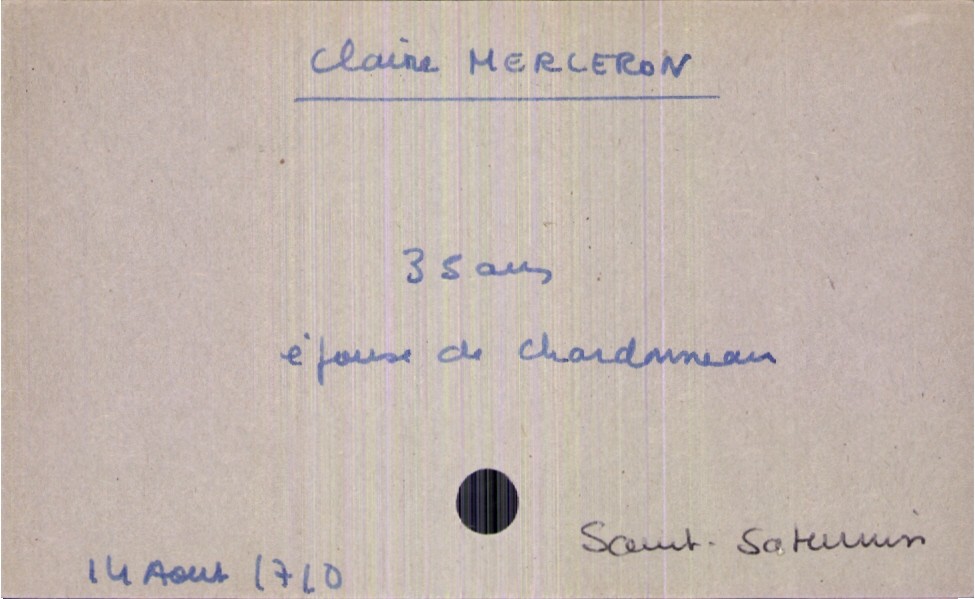
type_acte: Décès
année: 1710
mois: août
jour: 14
paroisse: Saint-Saturnin
défunt_nom: Merleron
défunt_prénom: Claire
défunt_sexe: F
défunt_âge: 35 ans
défunt_statut: marié(e)